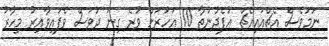
ނަމަވެސް އެޗްއައިއެޗް އުފެދުނުތާ 10 އަހަރަށް ވުރެ ގިނަ ދުވަސް ވެފައިވާއިރު މިހާރު